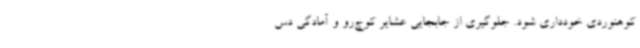
کوهنوردی خودداری شود. جلوگیری از جابجایی عشایر کوچ‌رو و آمادگی دس